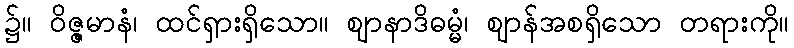
၌။ ဝိဇ္ဇမာနံ၊ ထင်ရှားရှိသော။ ဈာနာဒိဓမ္မံ၊ ဈာန်အစရှိသော တရားကို။